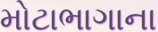
મોટાભાગાના